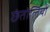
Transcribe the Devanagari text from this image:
छंतोलियों